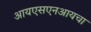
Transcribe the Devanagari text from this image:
आयएसएनआयचा